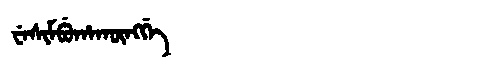
Manchu: ᠸᡝᠰᡳᠮᠪᡠᡥᠠᡴᡡᠩᡤᡝ
Romanization: WESIMBUHAKŪNGGE